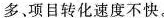
多、项目转化速度不快。